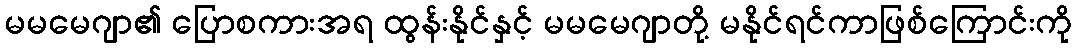
မမမေဂျာ၏ ပြောစကားအရ ထွန်းနိုင်နှင့် မမမေဂျာတို့ မနိုင်ရင်ကာဖြစ်ကြောင်းကို